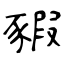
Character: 豭